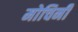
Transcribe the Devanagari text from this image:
मोचिनी